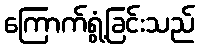
ကြောက်ရွံ့ခြင်းသည်